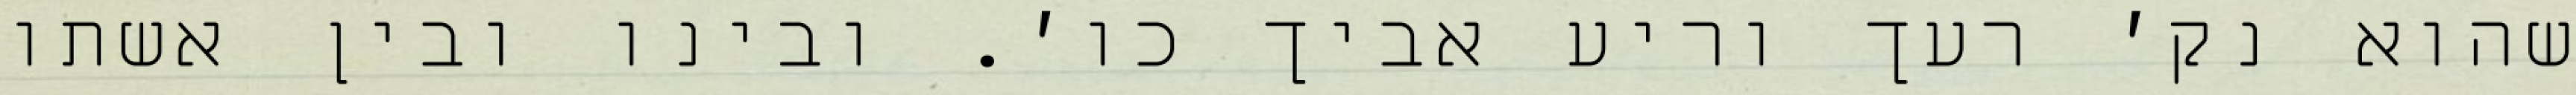
שהוא נק׳ רעך וריע אביך כו׳. ובינו ובין אשתו